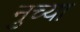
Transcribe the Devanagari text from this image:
नुच्या